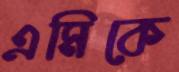
এমিকে